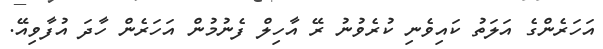
އަހަރެންގެ އަލަތު ކައިވެނި ކުރެވުނު ރޭ އާހިލް ފެނުމުން އަހަރެން ހާދަ އުފާވިއޭ.